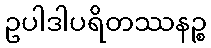
ဥပါဒါပရိတဿနဉ္စ